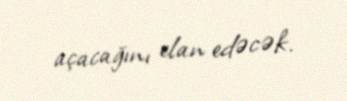
açacağını elan edəcək.